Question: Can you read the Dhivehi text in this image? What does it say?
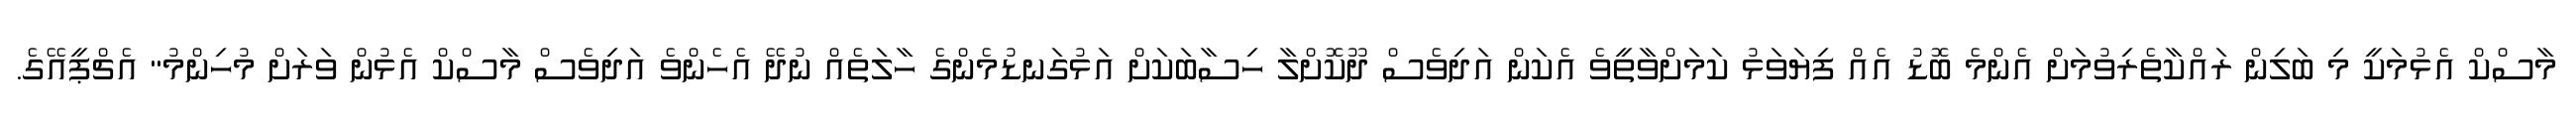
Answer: މާސްކް އެޅުމަކީ މި ބަލިން ރައްކާތެރިވުމަށް އެންމެ ބޮޑު އެއް ފިޔަވަޅު ކަމަށްވާތީވެ އެކަން އަދިވެސް ދޫކޮށްލާ ހިސާބަކަށް އަޅުގަނޑުމެންގެ ހާލަތެއް ނުދޭ އެހެންވެ އަދިވެސް މާސްކް އެޅުން ވަރަށް މުހިންމު" އެޗްޕީއޭގެ.